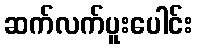
ဆက်လက်ပူးပေါင်း